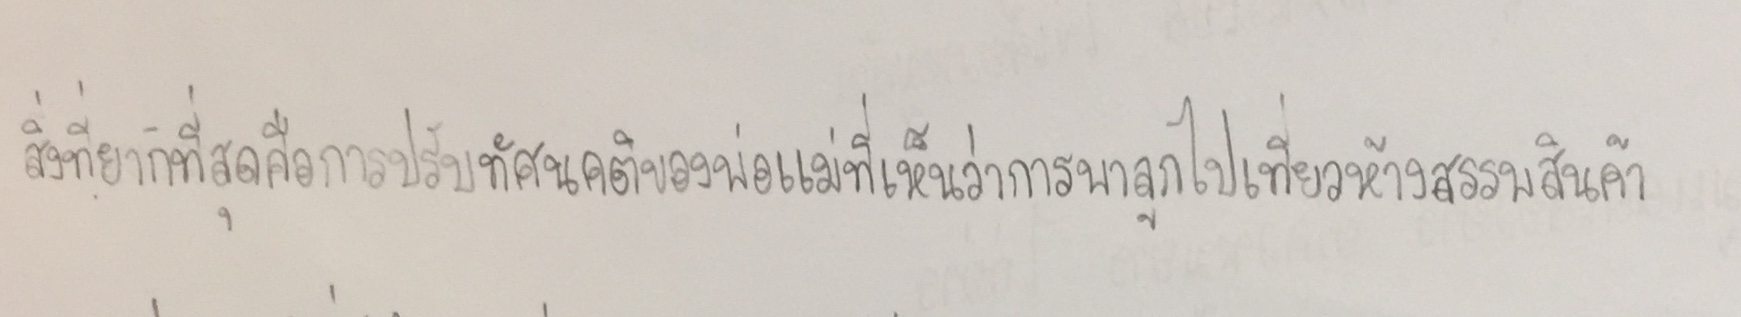
สิ่งที่ยากที่สุดคือการปรับทัศนคติของพ่อแม่ที่เห็นว่าการพาลูกไปเที่ยวห้างสรรพสินค้า